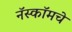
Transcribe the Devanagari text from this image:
नॅस्कॉमचे